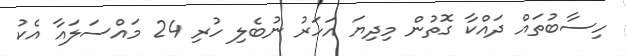
ހިސާބުތައް ދައްކާ ގޮތުން މިދިޔަ އަހަރު ނުބެލި ހުރި 24 މައްސަލައާ އެކު